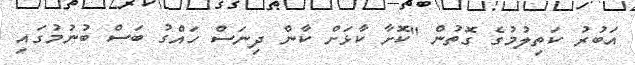
އަބުރު ކަތިލުމުގެ ގޮތުން "ކޮށާ ކާޅަށް ކާން ދިނަސް ހައްގު ބަސް ބުނުމުގައި